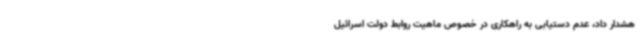
هشدار داد، عدم دستیابی به راهکاری در خصوص ماهیت روابط دولت اسرائیل